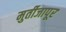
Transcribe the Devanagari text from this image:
मुर्तीजापूर